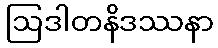
ဩဒါတနိဒဿနာ